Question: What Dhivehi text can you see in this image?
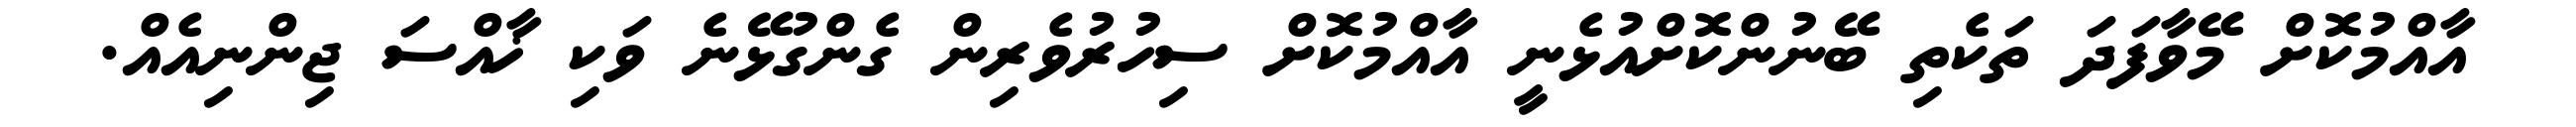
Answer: އާއްމުކޮށް މޭވާފަދަ ތަކެތި ބޭނުންކޮށްއުޅެނީ އާއްމުކޮށް ސިހުރުވެރިން ގެންގުޅޭނެ ވަކި ޚާއްސަ ޖިންނިއެއް.